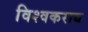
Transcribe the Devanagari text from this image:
विश्वकराय